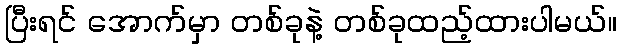
ပြီးရင် အောက်မှာ တစ်ခုနဲ့ တစ်ခုထည့်ထားပါမယ်။